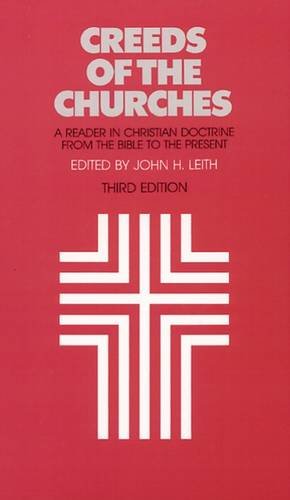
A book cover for Creeds of the Churches, Third Edition: A Reader in Christian Doctrine from the Bible to the Present; Christian Books & Bibles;